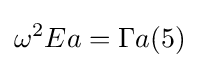
\omega ^{2}Ea=\Gamma a(5)